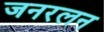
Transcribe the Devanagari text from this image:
जनरलन